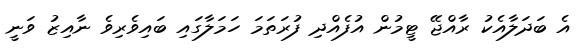
އެ ބަދަލާއެކު ރާއްޖޭ ޓީމުން އުފެއްދި ފުރަތަމަ ހަމަލާގައި ބައިވެރިވެ ނާއިޒު ވަނީ